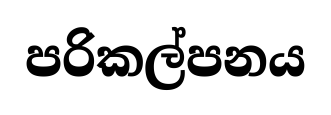
පරිකල්පනය